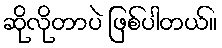
ဆိုလိုတာပဲ ဖြစ်ပါတယ်။